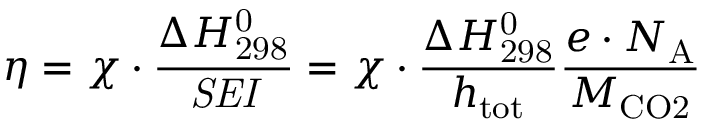
\eta = \chi \cdot \frac { \Delta H _ { \mathrm { 2 9 8 } } ^ { \mathrm { 0 } } } { \mathit { S E I } } = \chi \cdot \frac { \Delta H _ { \mathrm { 2 9 8 } } ^ { \mathrm { 0 } } } { h _ { \mathrm { t o t } } } \frac { e \cdot N _ { \mathrm { A } } } { M _ { \mathrm { C O 2 } } }